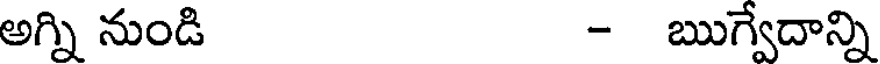
అగ్ని నుండి - ఋగ్వేదాన్ని